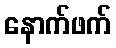
နောက်ဖက်